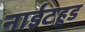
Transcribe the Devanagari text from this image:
नाईटहूड